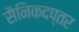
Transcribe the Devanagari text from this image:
सैनिकदप्तर